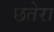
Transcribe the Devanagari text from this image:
छतेरा